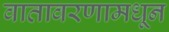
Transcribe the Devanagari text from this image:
वातावरणामधून